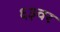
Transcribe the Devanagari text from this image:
६३वर